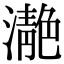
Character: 濪